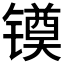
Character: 𰾻